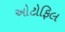
ઓટોફિલ